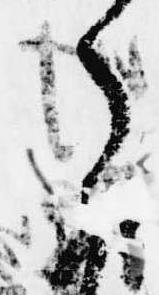
こ